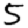
Digit: 5